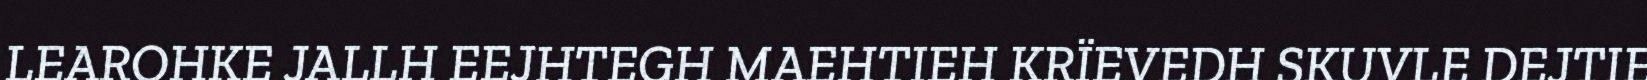
LEAROHKE JALLH EEJHTEGH MAEHTIEH KRÏEVEDH SKUVLE DEJTIE